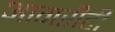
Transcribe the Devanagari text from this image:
आगरीही